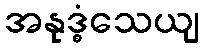
အနုဒ္ဓံသေယျ